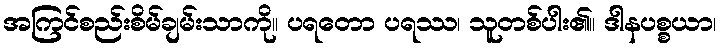
အကြင်စည်းစိမ်ချမ်းသာကို။ ပရတော ပရဿ၊ သူတစ်ပါး၏။ ဒါနပစ္စယာ၊